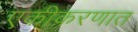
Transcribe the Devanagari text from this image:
एकीकरणात